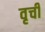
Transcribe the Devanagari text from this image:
वृची